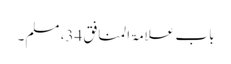
باب علامۃ المنافق 34، مسلم۔